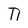
Character: n